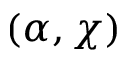
( \alpha , \chi )